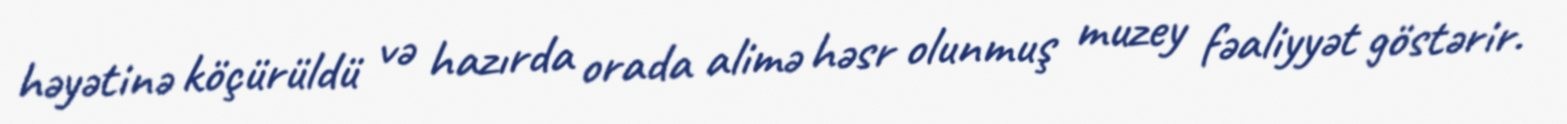
həyətinə köçürüldü və hazırda orada alimə həsr olunmuş muzey fəaliyyət göstərir.